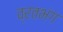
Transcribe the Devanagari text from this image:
व्रतभंग